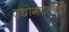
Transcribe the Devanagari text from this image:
उद्योगपतीही